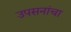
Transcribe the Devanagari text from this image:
उपसनांचा